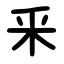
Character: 釆